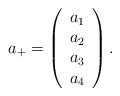
LaTeX: \begin{align*}a_{+} = \left(\begin{array}{c} a_{1}\\ a_{2} \\ a_{3}\\ a_{4}\end{array} \right).\end{align*}